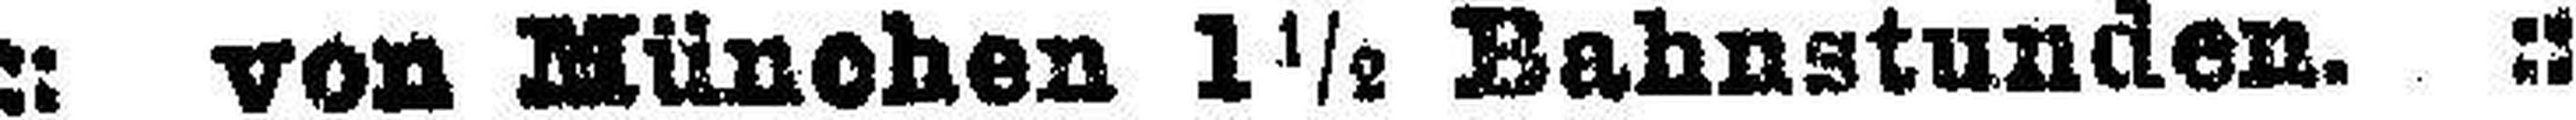
:: von München 1½ Bahnstunden. ::